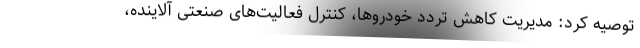
توصیه کرد: مدیریت کاهش تردد خودروها، کنترل فعالیت‌های صنعتی آلاینده،